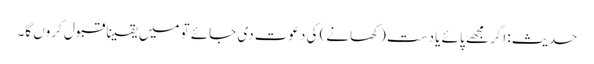
حدیث: اگر مجھے پائے یا دست (کھانے) کی دعوت دی جائے تو میں یقینا قبول کروں گا۔